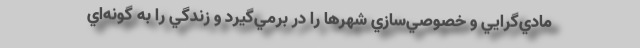
مادي‌گرايي و خصوصي‌سازي شهرها را در برمي‌گيرد و زندگي را به گونه‌اي